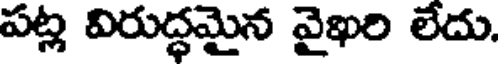
పట్ల విరుద్ధమైన వైఖరి లేదు.